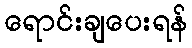
ရောင်းချပေးရန်